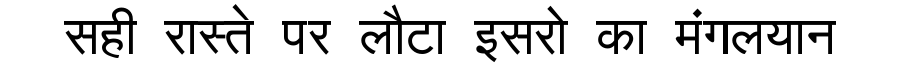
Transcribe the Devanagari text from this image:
सही रास्ते पर लौटा इसरो का मंगलयान